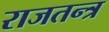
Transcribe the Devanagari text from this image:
राजतन्‍त्र